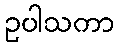
ဥပါသကာ